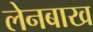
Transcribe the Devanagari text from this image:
लेनबाख